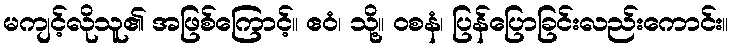
မကျင့်လိုသူ၏ အဖြစ်ကြောင့်။ ဧဝံ၊ သို့။ ဝစနံ၊ ပြန်ပြောခြင်းလည်းကောင်း။